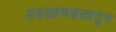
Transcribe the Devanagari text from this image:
मंडळांमंडळातून